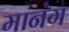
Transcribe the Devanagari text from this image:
मानंग